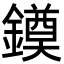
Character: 䥖